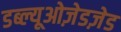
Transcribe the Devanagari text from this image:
डब्ल्यूओज़ेडज़ेड